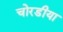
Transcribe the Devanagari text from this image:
चोरडीया